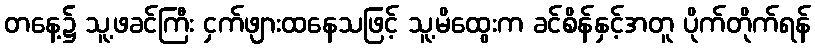
တနေ့၌ သူ့ဖခင်ကြီး ငှက်ဖျားထနေသဖြင့် သူ့မိထွေးက ခင်စိန်နှင့်အတူ ပိုက်တိုက်ရန်